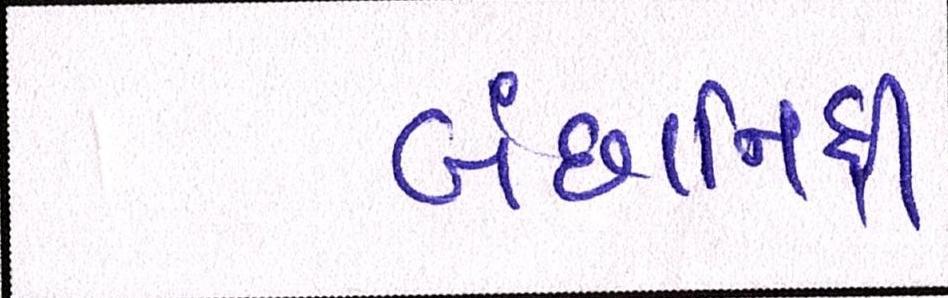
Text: બંછાનિધી